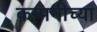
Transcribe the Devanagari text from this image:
कम्पनीच्या